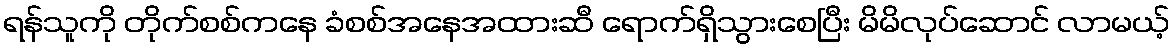
ရန်သူကို တိုက်စစ်ကနေ ခံစစ်အနေအထားဆီ ရောက်ရှိသွားစေပြီး မိမိလုပ်ဆောင် လာမယ့်